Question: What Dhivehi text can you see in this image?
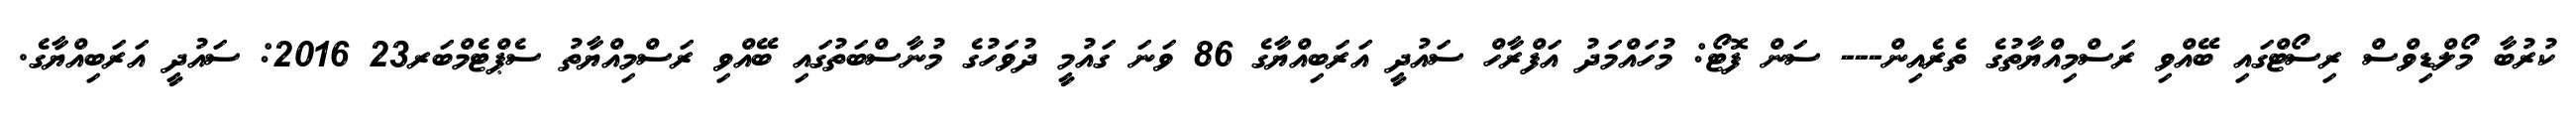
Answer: ކުރުބާ މޯލްޑިވްސް ރިސޯޓްގައި ބޭއްވި ރަސްމިއްޔާތުގެ ތެރެއިން--- ސަން ފޮޓޯ: މުހައްމަދު އަފްރާހް ސައުދީ އަރަބިއްޔާގެ 86 ވަނަ ގައުމީ ދުވަހުގެ މުނާސްބަތުގައި ބޭއްވި ރަސްމިއްޔާތު ސެޕްޓެމްބަރ23 2016: ސައުދީ އަރަބިއްޔާގެ.